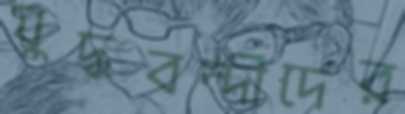
যুদ্ধবন্দীদের